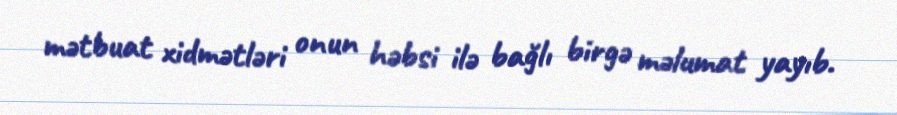
mətbuat xidmətləri onun həbsi ilə bağlı birgə məlumat yayıb.